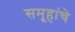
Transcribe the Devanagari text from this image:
समूहांचे